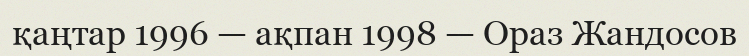
қаңтар 1996 — ақпан 1998 — Ораз Жандосов